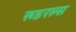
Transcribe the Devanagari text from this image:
रूडरल्स